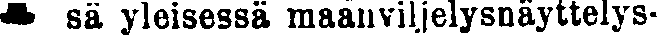
sä yleisessä maanviljelysnäyttelys-